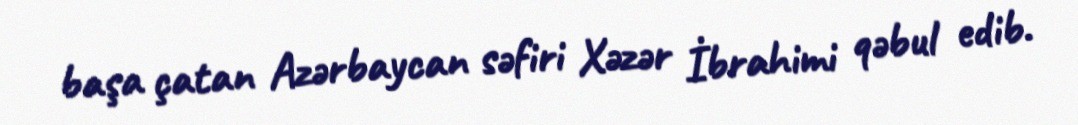
başa çatan Azərbaycan səfiri Xəzər İbrahimi qəbul edib.